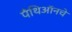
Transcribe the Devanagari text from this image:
पँथिऑनचे